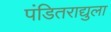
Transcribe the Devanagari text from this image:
पंडितराद्युला